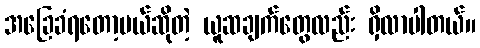
အခြေခံရတော့မယ်ဆိုတဲ့ ယူဆချက်တွေလည်း ရှိလာပါတယ်။